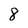
Character: 8